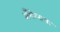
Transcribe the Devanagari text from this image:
अँगोलाचा